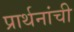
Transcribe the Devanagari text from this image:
प्रार्थनांची